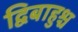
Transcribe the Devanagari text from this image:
द्विबाहुश्च